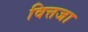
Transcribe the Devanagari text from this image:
वित्तजा